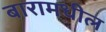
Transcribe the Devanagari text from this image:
बारामधील